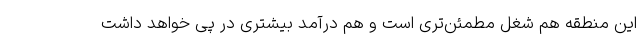
این منطقه هم شغل مطمئن‌تری است و هم درآمد بیشتری در پی خواهد داشت